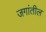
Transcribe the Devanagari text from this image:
जगांतील